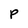
Character: P